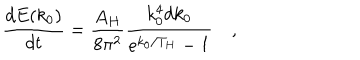
LaTeX: { \frac { d E ( k _ { 0 } ) } { d t } } = { \frac { A _ { H } } { 8 \pi ^ { 2 } } } { \frac { k _ { 0 } ^ { 4 } d k _ { 0 } } { e ^ { k _ { 0 } / T _ { H } } - 1 } } \quad ,